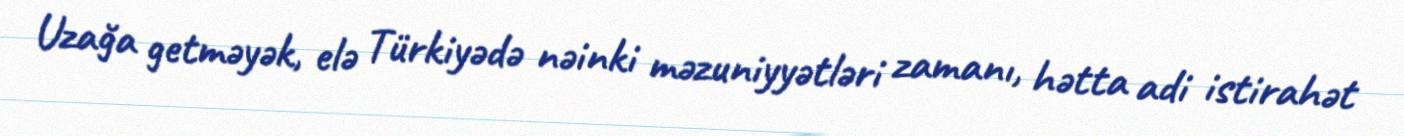
Uzağa getməyək, elə Türkiyədə nəinki məzuniyyətləri zamanı, hətta adi istirahət